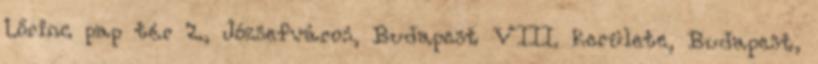
Lőrinc pap tér 2., Józsefváros, Budapest VIII. kerülete, Budapest,